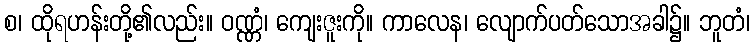
စ၊ ထိုရဟန်းတို့၏လည်း။ ဝဏ္ဏံ၊ ကျေးဇူးကို။ ကာလေန၊ လျောက်ပတ်သောအခါ၌။ ဘူတံ၊